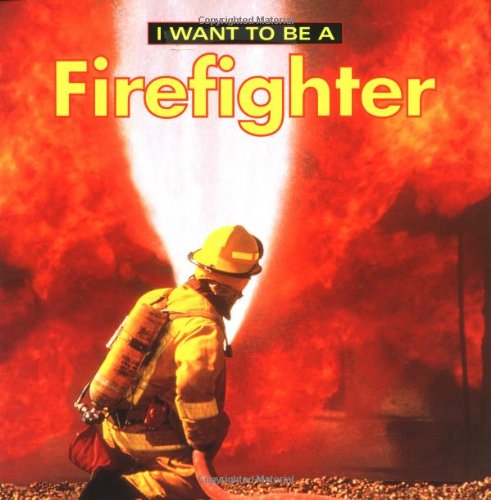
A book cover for I Want To Be A Firefighter; Dan Liebman; Children's Books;